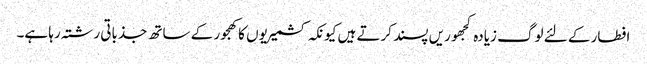
افطار کے لئے لوگ زیادہ کجھوریں پسند کرتے ہیں کیونکہ کشمیریوں کا کھجور کے ساتھ جذباتی رشتہ رہا ہے۔